Scottish Leaving Certificate Examination, 1956
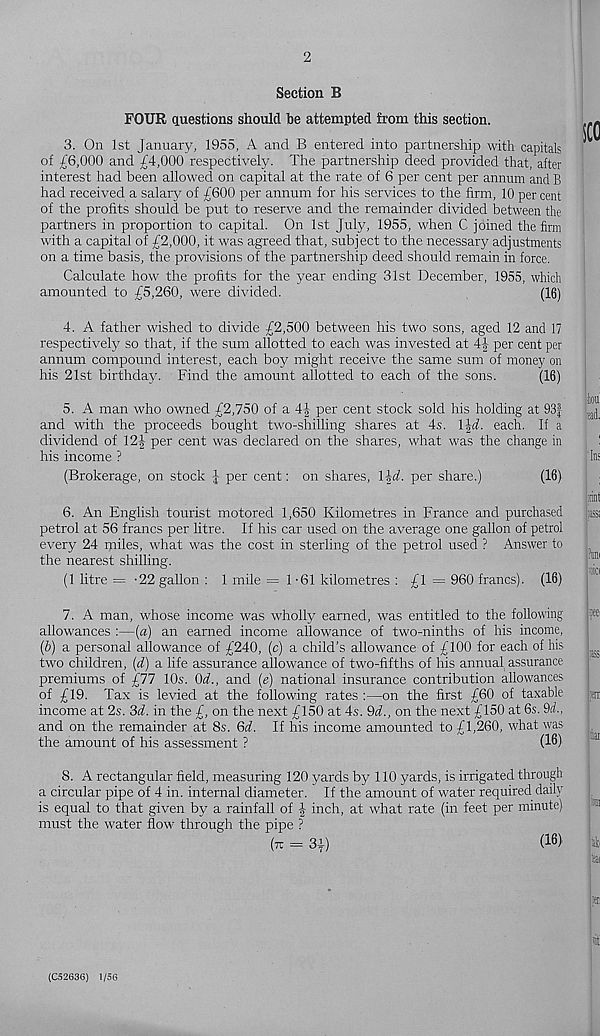
Section B
FOUR questions should be attempted from this section.
3. On 1st January, 1955, A and B entered into partnership with capitals
of £6,000 and £4,000 respectively. The partnership deed provided that, after
interest had been allowed on capital at the rate of 6 per cent per annum and B
had received a salary of £600 per annum for his services to the firm, 10 percent
of the profits should be put to reserve and the remainder divided between the
partners in proportion to capital. On 1st July, 1955, when C joined the firm
with a capital of £2,000, it was agreed that, subject to the necessary adjustments
on a time basis, the provisions of the partnership deed should remain in force.
Calculate how the profits for the year ending 31st December, 1955, which
amounted to £5,260, were divided.
(16)
4. A father wished to divide £2,500 between his two sons, aged 12 and 17
respectively so that, if the sum allotted to each was invested at 4| per cent per
annum compound interest, each boy might receive the same sum of money on
his 21st birthday. Find the amount allotted to each of the sons.
(16)
5. A man who owned £2,750 of a 4£ per cent stock sold his holding at 93|
and with the proceeds bought two-shilling shares at 4s. l\d. each. If a
dividend of 12£ per cent was declared on the shares, what was the change in
his income ?
(Brokerage, on stock £ per cent: on shares, \\d. per share.)
(16)
6. An English tourist motored 1,650 Kilometres in France and purchased
petrol at 56 francs per litre. If his car used on the average one gallon of petrol
every 24 miles, what was the cost in sterling of the petrol used ? Answer to
the nearest shilling.
(1 litre = '22 gallon : 1 mile = 1-61 kilometres : £1 = 960 francs). (16)
7. A man, whose income was wholly earned, was entitled to the following
allowances :—[a) an earned income allowance of two-ninths of his income,
(b) a personal allowance of £240, (c) a child’s allowance of £100 for each of his
two children, (d) a life assurance allowance of two-fifths of his annual assurance
premiums of £77 10s. Qd., and (e) national insurance contribution allowances
of £19. Tax is levied at the following rates :—on the first £60 of taxable
income at 2s. 3d. in the £, on the next £150 at 4s. Qd., on the next £150 at 6s. 9(f.,
and on the remainder at 8s. Qd. If his income amounted to £1,260, what was
the amount of his assessment ?
(16)
8. A rectangular field, measuring 120 yards by 110 yards, is irrigated through
a circular pipe of 4 in. internal diameter. If the amount of water required daily
is equal to that given by a rainfall of inch, at what rate (in feet per minute)
must the water flow through the pipe ?
(tt = 3£)
( 16 >
(C52636) 1/56